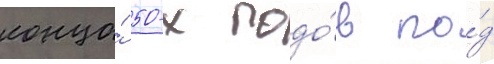
конца́ 50-х годо́в по́д